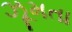
ઝૂમતા